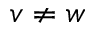
v \ne w